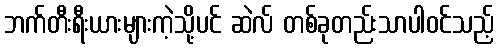
ဘက်တီးရီးယားများကဲ့သို့ပင် ဆဲလ် တစ်ခုတည်းသာပါဝင်သည့်